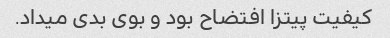
کیفیت پیتزا افتضاح بود و بوی بدی میداد.